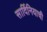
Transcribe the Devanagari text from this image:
सार्दिनियाची